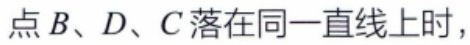
点\(B\)、\(D\)、\(C\)落在同一直线上时，